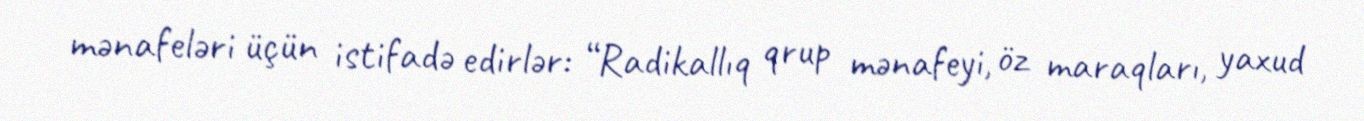
mənafeləri üçün istifadə edirlər: “Radikallıq qrup mənafeyi, öz maraqları, yaxud